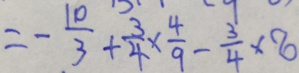
= - \frac { 1 0 } { 3 } + \frac { 3 } { 4 } \times \frac { 4 } { 9 } - \frac { 3 } { 4 } \times 8